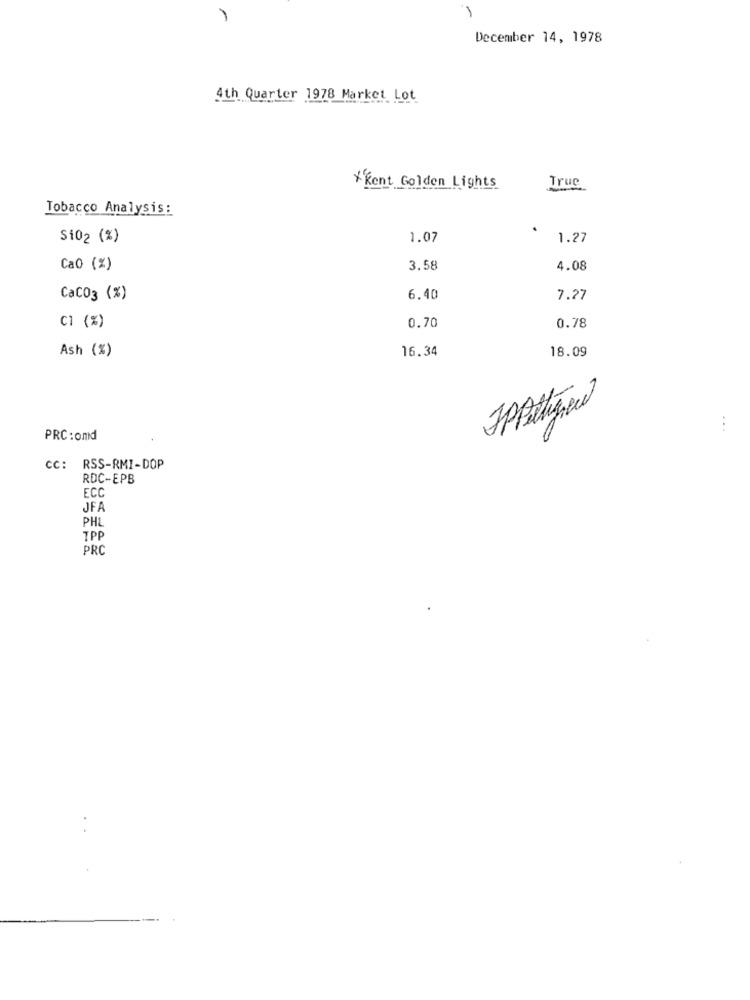
December 14, 1978
4th Quarter 1978 Market Lot
*Kent Golden Lights
Truc
Tobacco Analysis:
Si02 (%)
1.07
1.27
Cao (%)
3.58
4.08
CaCO3 (%)
6.40
7.27
C1 (%)
0.70
0.78
Ash (%)
16.34
18.09
-
0
...
PRC :ond
CC: RSS-RMI-DOP
RDC-EPB
ECO
JFA
PHL
TPP
PRC